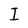
Character: I